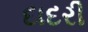
દાદરી